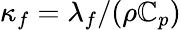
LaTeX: \kappa_{f}=\lambda_{f}/(\rho\mathbb{C}_{p})